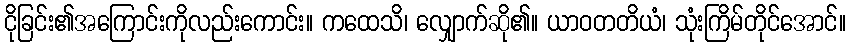
ငိုခြင်း၏အကြောင်းကိုလည်းကောင်း။ ကထေသိ၊ လျှောက်ဆို၏။ ယာဝတတိယံ၊ သုံးကြိမ်တိုင်အောင်။